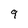
Character: 9